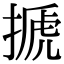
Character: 搋